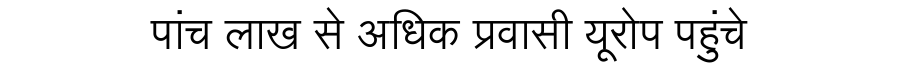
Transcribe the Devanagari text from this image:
पांच लाख से अधिक प्रवासी यूरोप पहुंचे